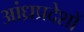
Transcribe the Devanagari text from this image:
आंध्रप्रदेशों